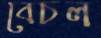
বেচল